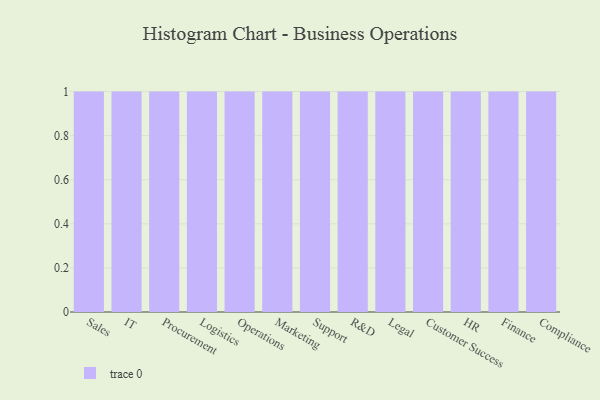
{"axis": {"x": "Department", "y": "Budget (USD K)"}, "legend": [""], "data": [{"x": "Sales", "y": 57, "type": ""}, {"x": "IT", "y": 60, "type": ""}, {"x": "Procurement", "y": 7, "type": ""}, {"x": "Logistics", "y": 10, "type": ""}, {"x": "Operations", "y": 24, "type": ""}, {"x": "Marketing", "y": 22, "type": ""}, {"x": "Support", "y": 15, "type": ""}, {"x": "R&D", "y": 62, "type": ""}, {"x": "Legal", "y": 7, "type": ""}, {"x": "Customer Success", "y": 38, "type": ""}, {"x": "HR", "y": 22, "type": ""}, {"x": "Finance", "y": 91, "type": ""}, {"x": "Compliance", "y": 58, "type": ""}]}